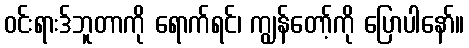
ဝင်းရားဒ်ဘူတာကို ရောက်ရင်၊ ကျွန်တော့်ကို ပြောပါနော်။